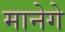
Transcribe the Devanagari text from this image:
मानेगे